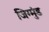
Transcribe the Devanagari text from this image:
जिग्मुंड